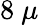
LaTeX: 8~\mu